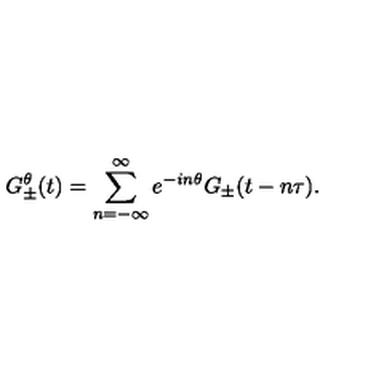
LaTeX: G _ { \pm } ^ { \theta } ( t ) = \sum _ { n = - \infty } ^ { \infty } e ^ { - i n \theta } G _ { \pm } ( t - n \tau ) .